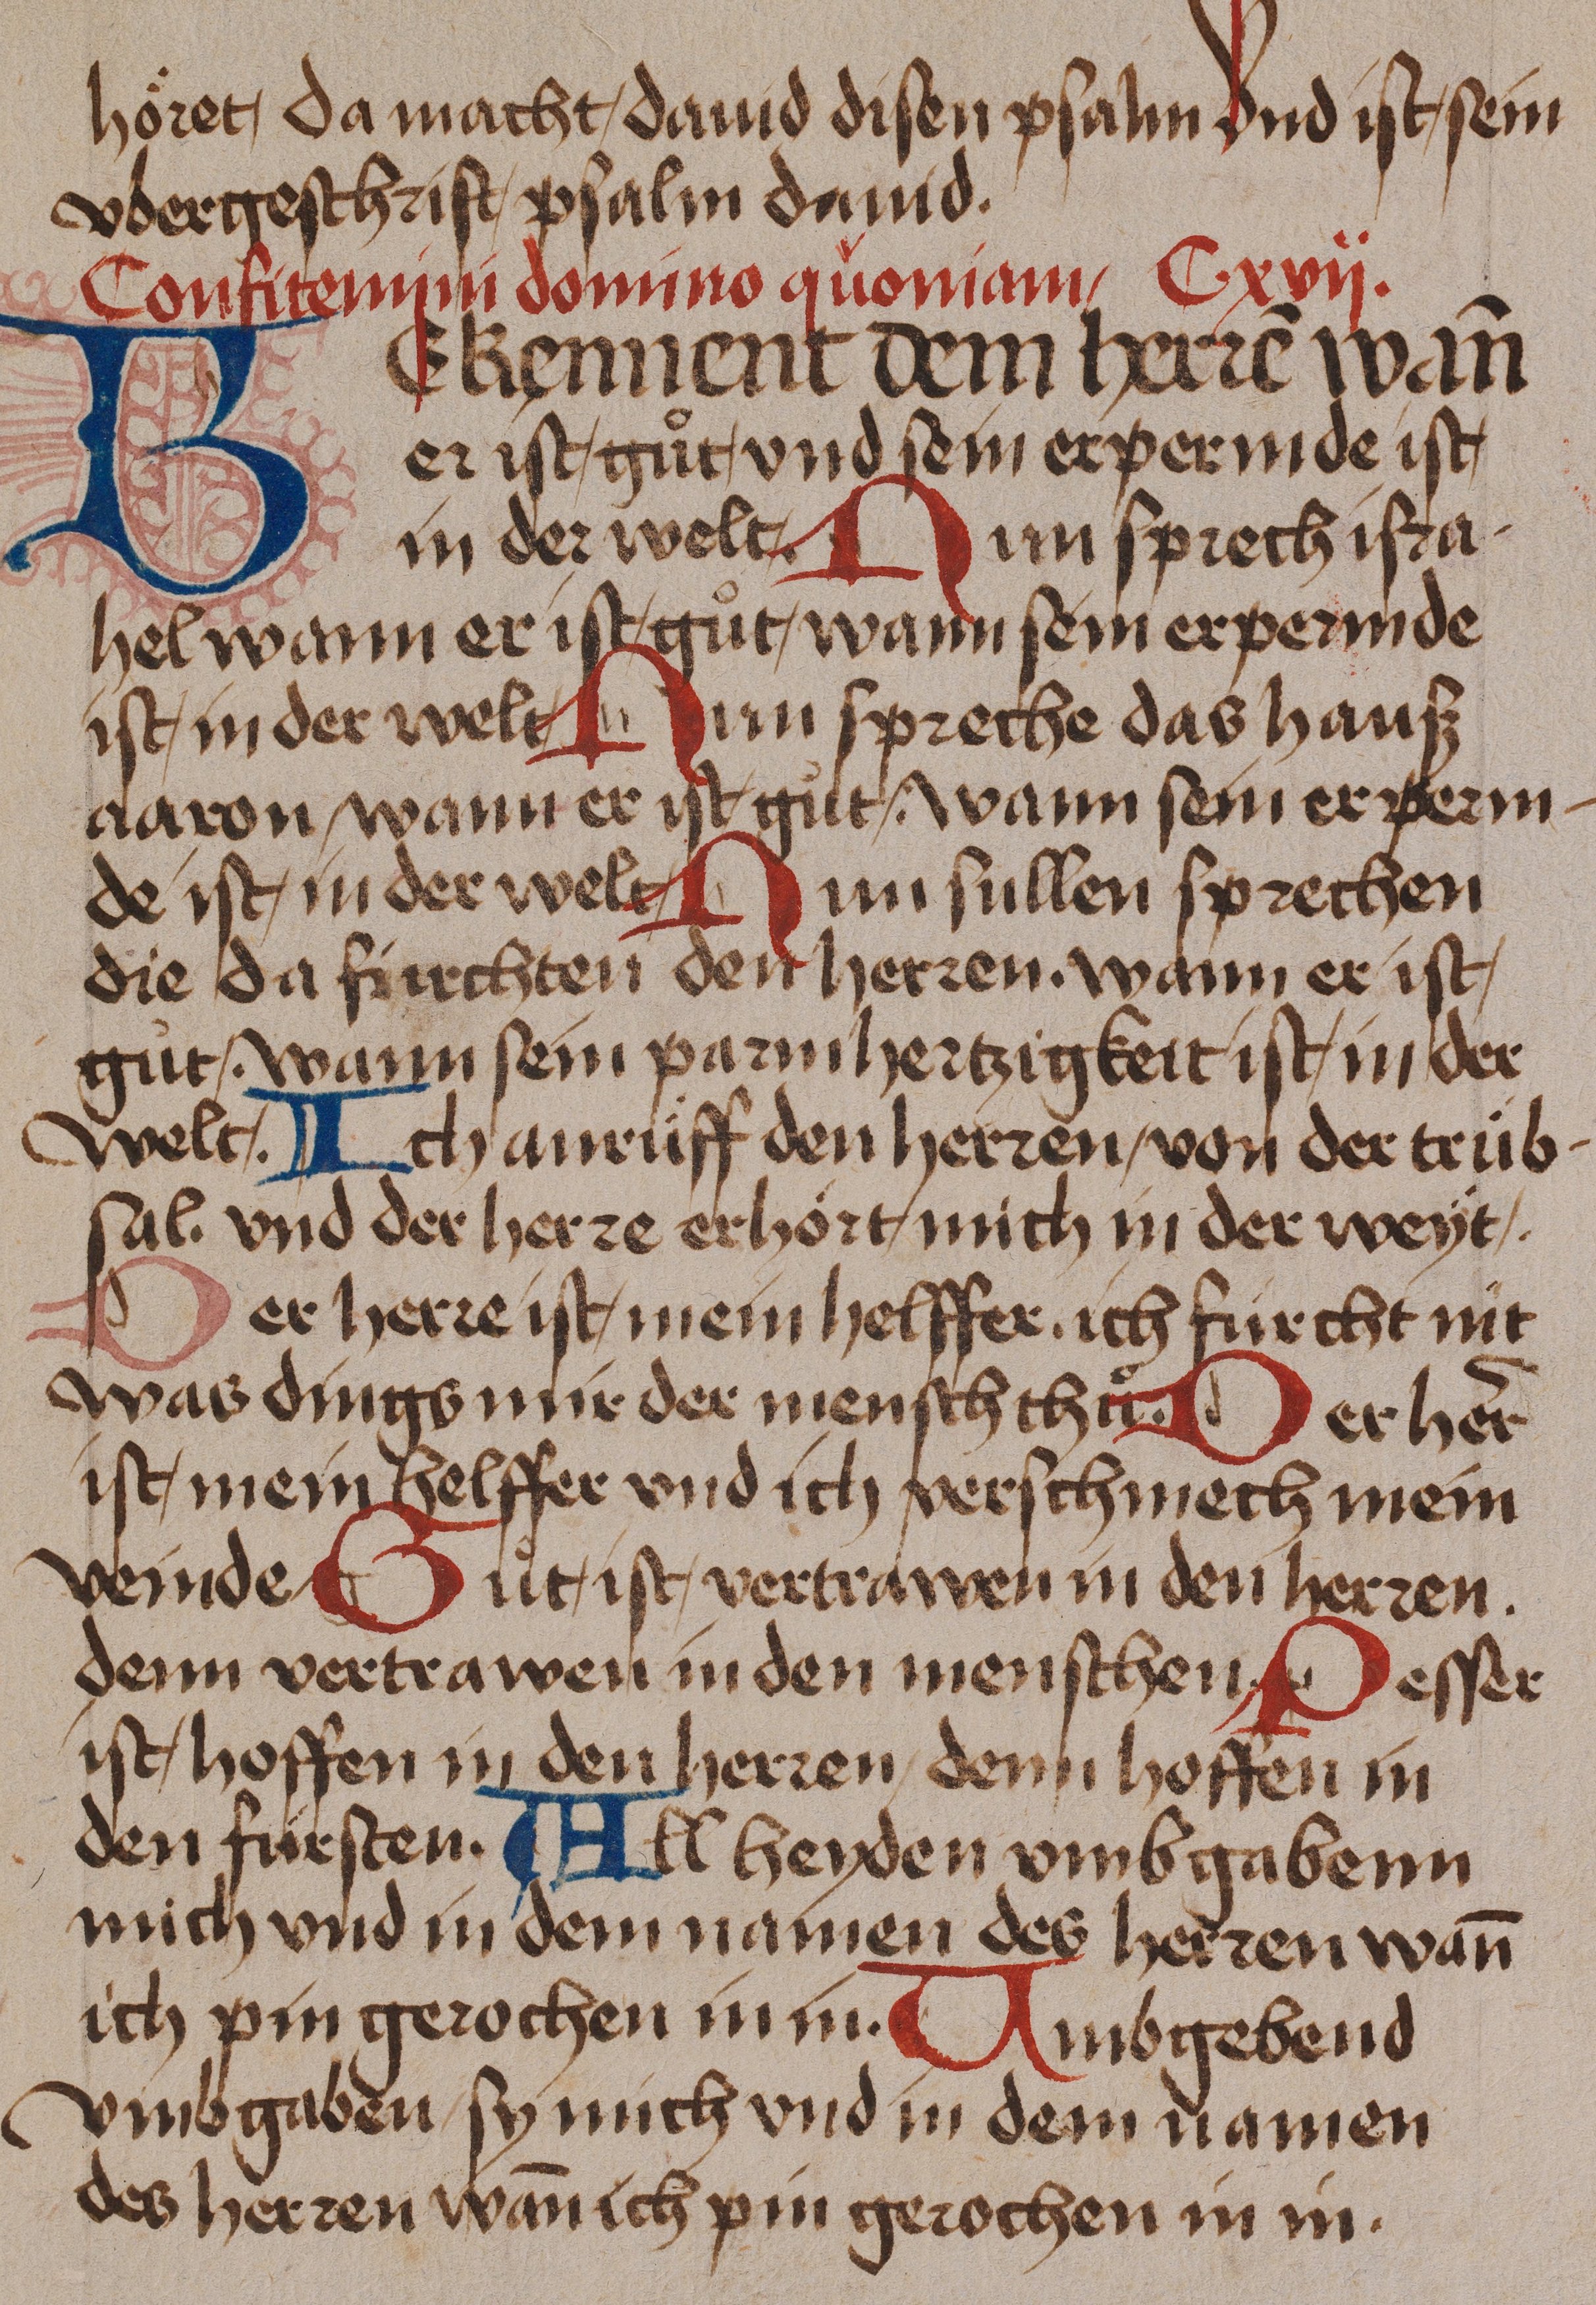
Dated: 1485–1485